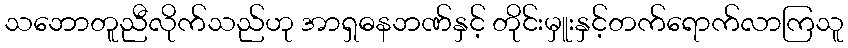
သဘောတူညီလိုက်သည်ဟု အာရှဓနဘဏ်နှင့် တိုင်းမှူးနှင့်တက်ရောက်လာကြသူ